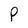
Character: P